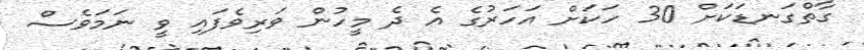
ގާތްގަނޑަކަށް 30 ހަކަށް އަހަރުގެ އެ ދެ މީހުން ވަރިވެފައި ވީ ނަމަވެސް